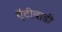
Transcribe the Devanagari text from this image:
ऐंटीबाडी